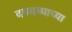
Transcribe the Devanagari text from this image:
दबदब्याच्या